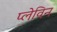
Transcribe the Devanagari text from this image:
प्लेविन